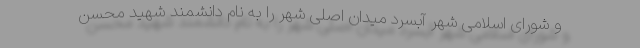
و شورای اسلامی شهر آبسرد میدان اصلی شهر را به نام دانشمند شهید محسن